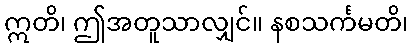
ဣတိ၊ ဤအတူသာလျှင်။ နစသင်္ကမတိ၊